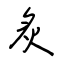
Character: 炙